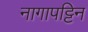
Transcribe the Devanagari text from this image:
नागापट्टिन